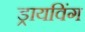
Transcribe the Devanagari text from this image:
ड्रायविंग